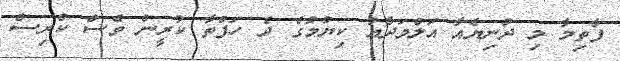
ފާތިމާ މި ދުނިޔެއާ އަލްވަދާއު ކިޔުމުގެ ދެ ހަފްތާ ކުރީން ވެސް ކްރިސް